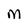
Character: M